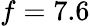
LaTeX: f=7.6